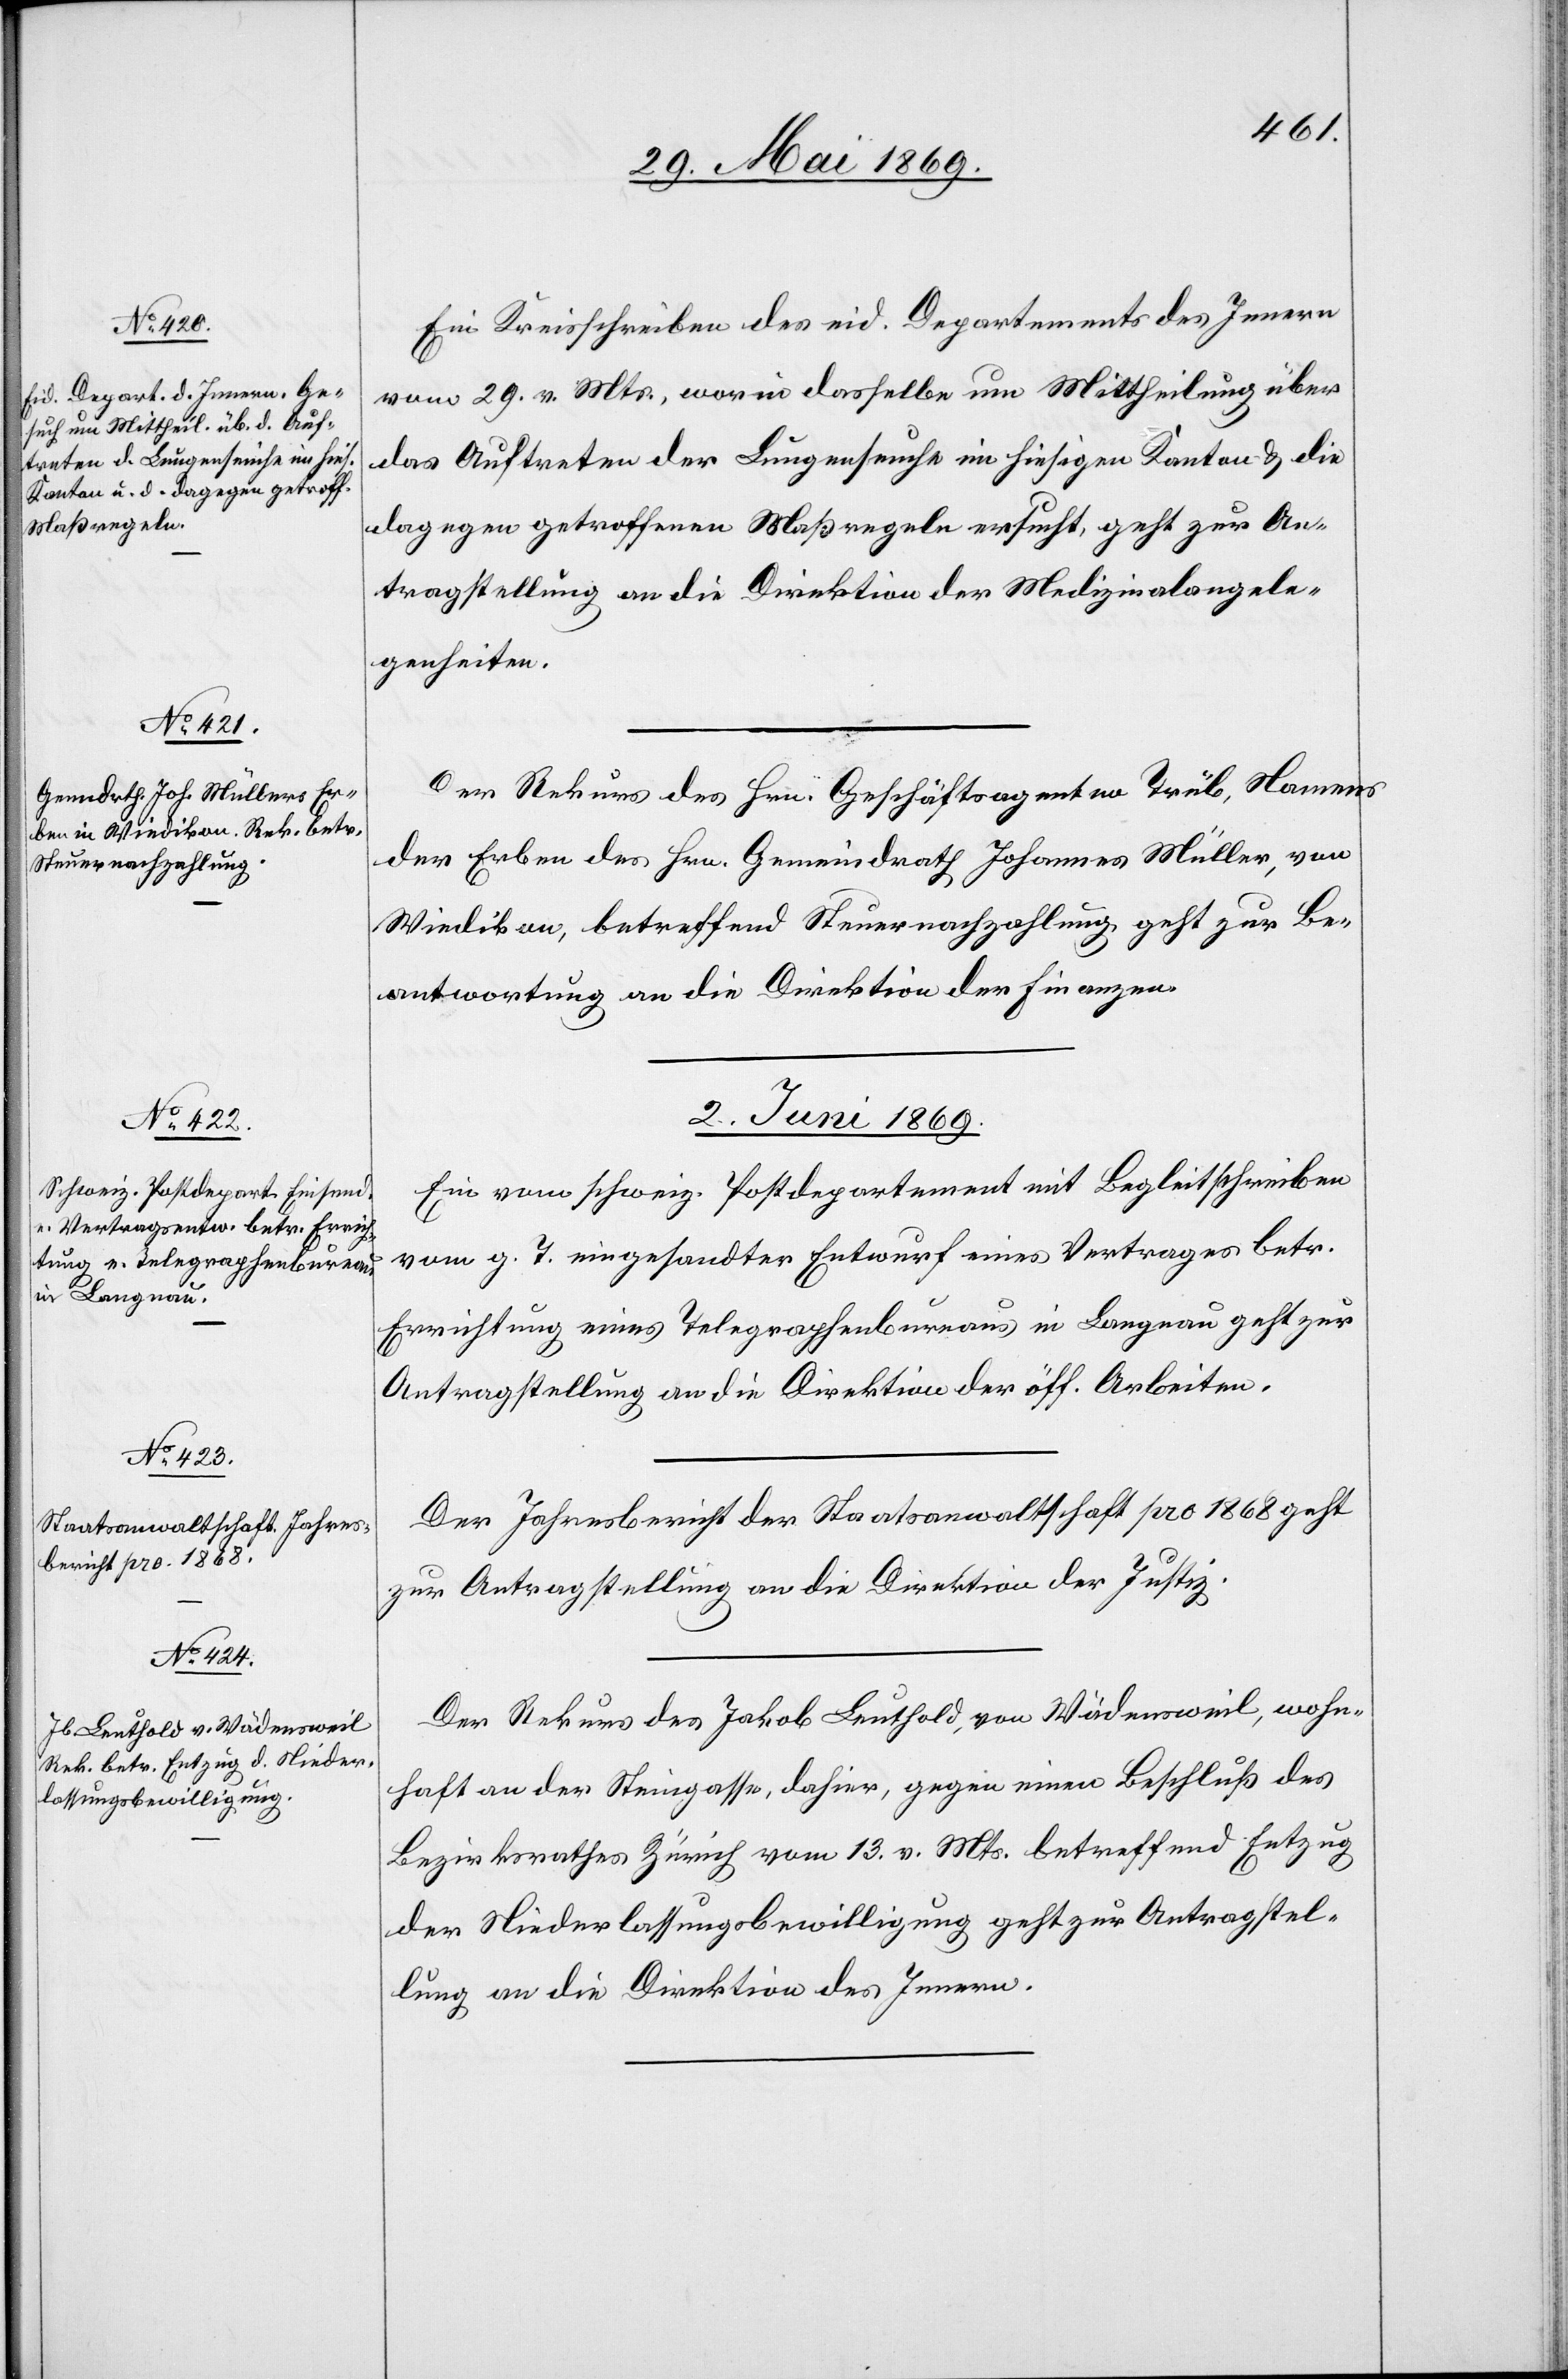
Ein Kreisschreiben des eid. Departements des Innern
vom 29. v. Mts., worin dasselbe um Mittheilung über
das Auftreten der Lungenseuche im hiesigen Kanton u. die
dagegen getroffenen Maßregeln ersucht, geht zur An¬
tragstellung an die Direktion der Medizinalangele¬
genheiten.
Der Rekurs des Hrn. Geschäftsagenten Trüb, Namens
des Erben des Hrn. Gemeindrath Johannes Müller, von
Wiedikon, betreffend Steuernachzahlung geht zur Be¬
antwortung an die Direktion der Finanzen.
2. Juni 1869.]
Ein vom schweiz. Postdepartement mit Begleitschreiben
vom g. T. eingesandter Entwurf eines Vertrages betr.
Errichtung eines Telegraphenbureaus in Langnau geht zur
Antragstellung an die Direktion der öff. Arbeiten.
Der Jahresbericht der Staatsanwaltschaft pro 1868 geht
zur Antragstellung an die Direktion der Justiz.
Der Rekurs des Jakob Leuthold, von Wädensweil, wohn¬
haft an der Steingasse, dahier, gegen einen Beschluß des
Bezirksrathes Zürich vom 13. v. Mts. betreffend Entzug
der Niederlaßungsbewilligung geht zur Antragstel¬
lung an die Direktion des Innern.